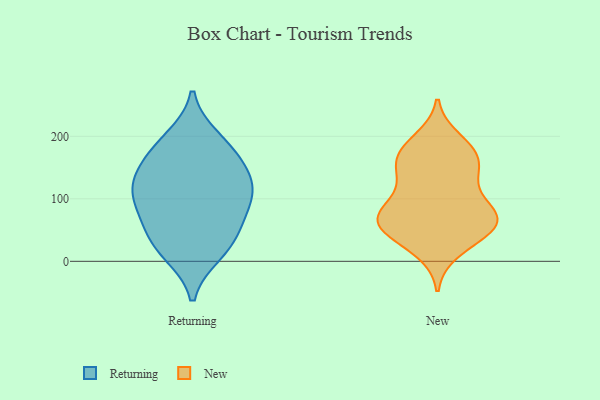
{"axis": {"x": "Website Visitors", "y": "Value"}, "legend": ["New", "Returning"], "data": [{"x": "", "y": 136, "type": "Returning"}, {"x": "", "y": 196, "type": "Returning"}, {"x": "", "y": 58, "type": "Returning"}, {"x": "", "y": 115, "type": "Returning"}, {"x": "", "y": 101, "type": "Returning"}, {"x": "", "y": 106, "type": "Returning"}, {"x": "", "y": 137, "type": "Returning"}, {"x": "", "y": 166, "type": "Returning"}, {"x": "", "y": 13, "type": "Returning"}, {"x": "", "y": 40, "type": "Returning"}, {"x": "", "y": 182, "type": "Returning"}, {"x": "", "y": 81, "type": "Returning"}, {"x": "", "y": 21, "type": "Returning"}, {"x": "", "y": 138, "type": "New"}, {"x": "", "y": 54, "type": "New"}, {"x": "", "y": 75, "type": "New"}, {"x": "", "y": 173, "type": "New"}, {"x": "", "y": 135, "type": "New"}, {"x": "", "y": 127, "type": "New"}, {"x": "", "y": 70, "type": "New"}, {"x": "", "y": 17, "type": "New"}, {"x": "", "y": 50, "type": "New"}, {"x": "", "y": 68, "type": "New"}, {"x": "", "y": 57, "type": "New"}, {"x": "", "y": 79, "type": "New"}, {"x": "", "y": 33, "type": "New"}, {"x": "", "y": 70, "type": "New"}, {"x": "", "y": 89, "type": "New"}, {"x": "", "y": 164, "type": "New"}, {"x": "", "y": 167, "type": "New"}, {"x": "", "y": 194, "type": "New"}, {"x": "", "y": 179, "type": "New"}]}